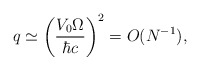
\begin{align*}q \simeq \left( \frac{V_{0} \Omega}{\hbar c} \right)^2 = O(N^{-1}) , \end{align*}